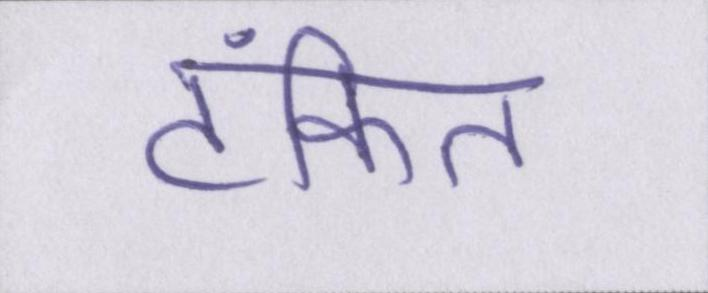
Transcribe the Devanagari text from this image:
टंकित